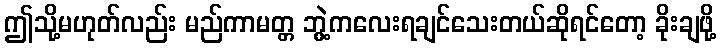
ဤသို့မဟုတ်လည်း မည်ကာမတ္တ ဘွဲ့ကလေးရချင်သေးတယ်ဆိုရင်တော့ ခိုးချဖို့